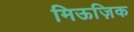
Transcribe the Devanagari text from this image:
मिऊज़िक